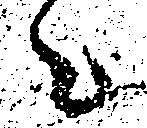
々